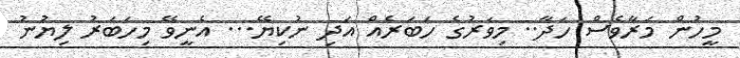
މީހުން މަރާވެސް ހަދާ.. މިވަރުގެ ހަބަރެއް އަދި ނުކިޔޭ... އެނީވޭ މިހަބަރު ލިޔުނު